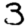
Digit: 3